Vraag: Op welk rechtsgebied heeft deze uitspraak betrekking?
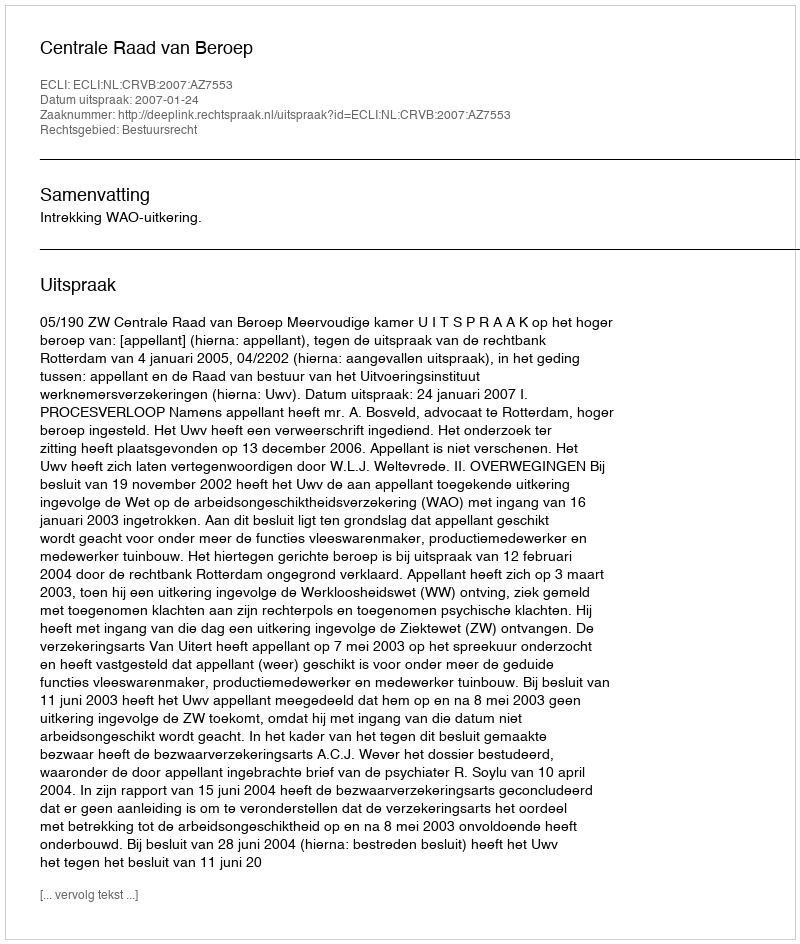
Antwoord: Bestuursrecht